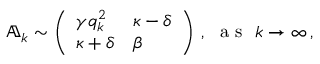
\begin{array} { r } { \mathbb { A } _ { k } \sim \left( \begin{array} { l l } { \gamma q _ { k } ^ { 2 } } & { \kappa - \delta } \\ { \kappa + \delta } & { \beta } \end{array} \right) \, , ~ \mathrm { ~ a ~ s ~ } ~ k \rightarrow \infty \, , } \end{array}